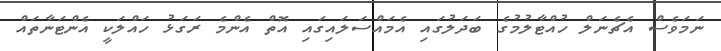
ނަމަވެސް އެޗެނަލް ހުއްޓާލުމުގެ ބަދަލުގައި އެމައްސަލައިގައި އޮތް އެންމެ ރަގަޅު ހައްލަކީ އެންޓަނާތައް